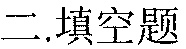
二.填空题